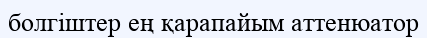
болгіштер ең қарапайым аттенюатор